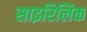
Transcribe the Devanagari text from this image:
साइरिलिक